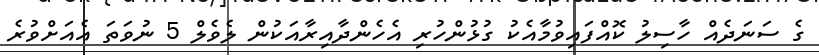
ގެ ސަނަދެއް ހާސިލު ކޮއްފައިވުމާއެކު ގުޅުންހުރި އެހެންދާއިރާއަކުން ލެވެލް 5 ނުވަތަ އެއަށްވުރެ